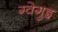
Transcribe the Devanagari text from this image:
ग्वेगुइ